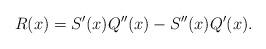
LaTeX: \begin{align*}R(x)=S'(x)Q''(x)-S''(x)Q'(x).\end{align*}